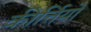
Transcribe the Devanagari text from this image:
कीर्त्तियों